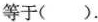
等于( ).